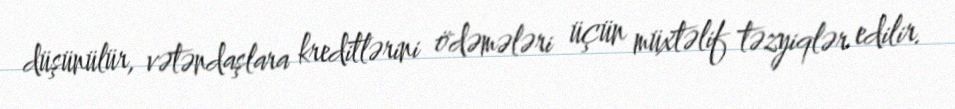
düşünülür, vətəndaşlara kreditlərini ödəmələri üçün müxtəlif təzyiqlər edilir.